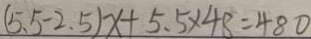
( 5 . 5 - 2 . 5 ) x + 5 . 5 \times 4 8 = 4 8 0